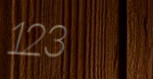
123